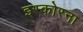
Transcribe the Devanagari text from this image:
इस्कोरना